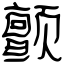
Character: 颤